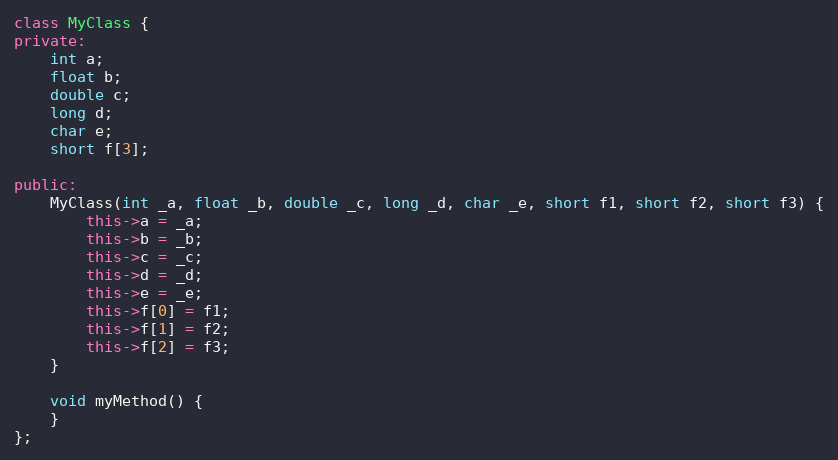
Language: C++
class MyClass {
private:
    int a;
    float b;
    double c;
    long d;
    char e;
    short f[3];

public:
    MyClass(int _a, float _b, double _c, long _d, char _e, short f1, short f2, short f3) {
        this->a = _a;
        this->b = _b;
        this->c = _c;
        this->d = _d;
        this->e = _e;
        this->f[0] = f1;
        this->f[1] = f2;
        this->f[2] = f3;
    }

    void myMethod() {
    }
};